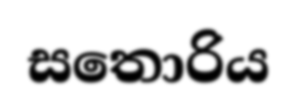
සතොරිය